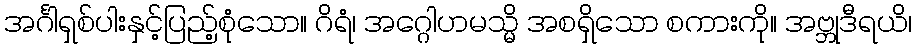
အင်္ဂါရှစ်ပါးနှင့်ပြည့်စုံသော။ ဂိရံ၊ အဂ္ဂေါဟမသ္မိ အစရှိသော စကားကို။ အဗ္ဘုဒီရယိ၊